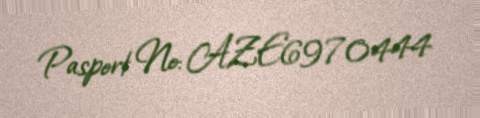
Pasport №: AZE6970444